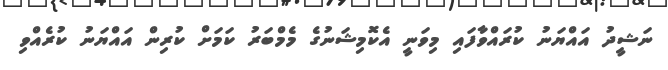
ނަޝީދު އައްޔަނު ކުރައްވާފައި މިވަނީ އެކޮމިޝަނުގެ މެމްބަރު ކަމަށް ކުރިން އައްޔަނު ކުރެއްވި